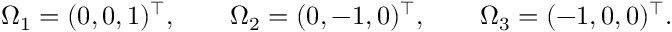
\Omega _ { 1 } = ( 0 , 0 , 1 ) ^ { \top } , \qquad \Omega _ { 2 } = ( 0 , - 1 , 0 ) ^ { \top } , \qquad \Omega _ { 3 } = ( - 1 , 0 , 0 ) ^ { \top } .